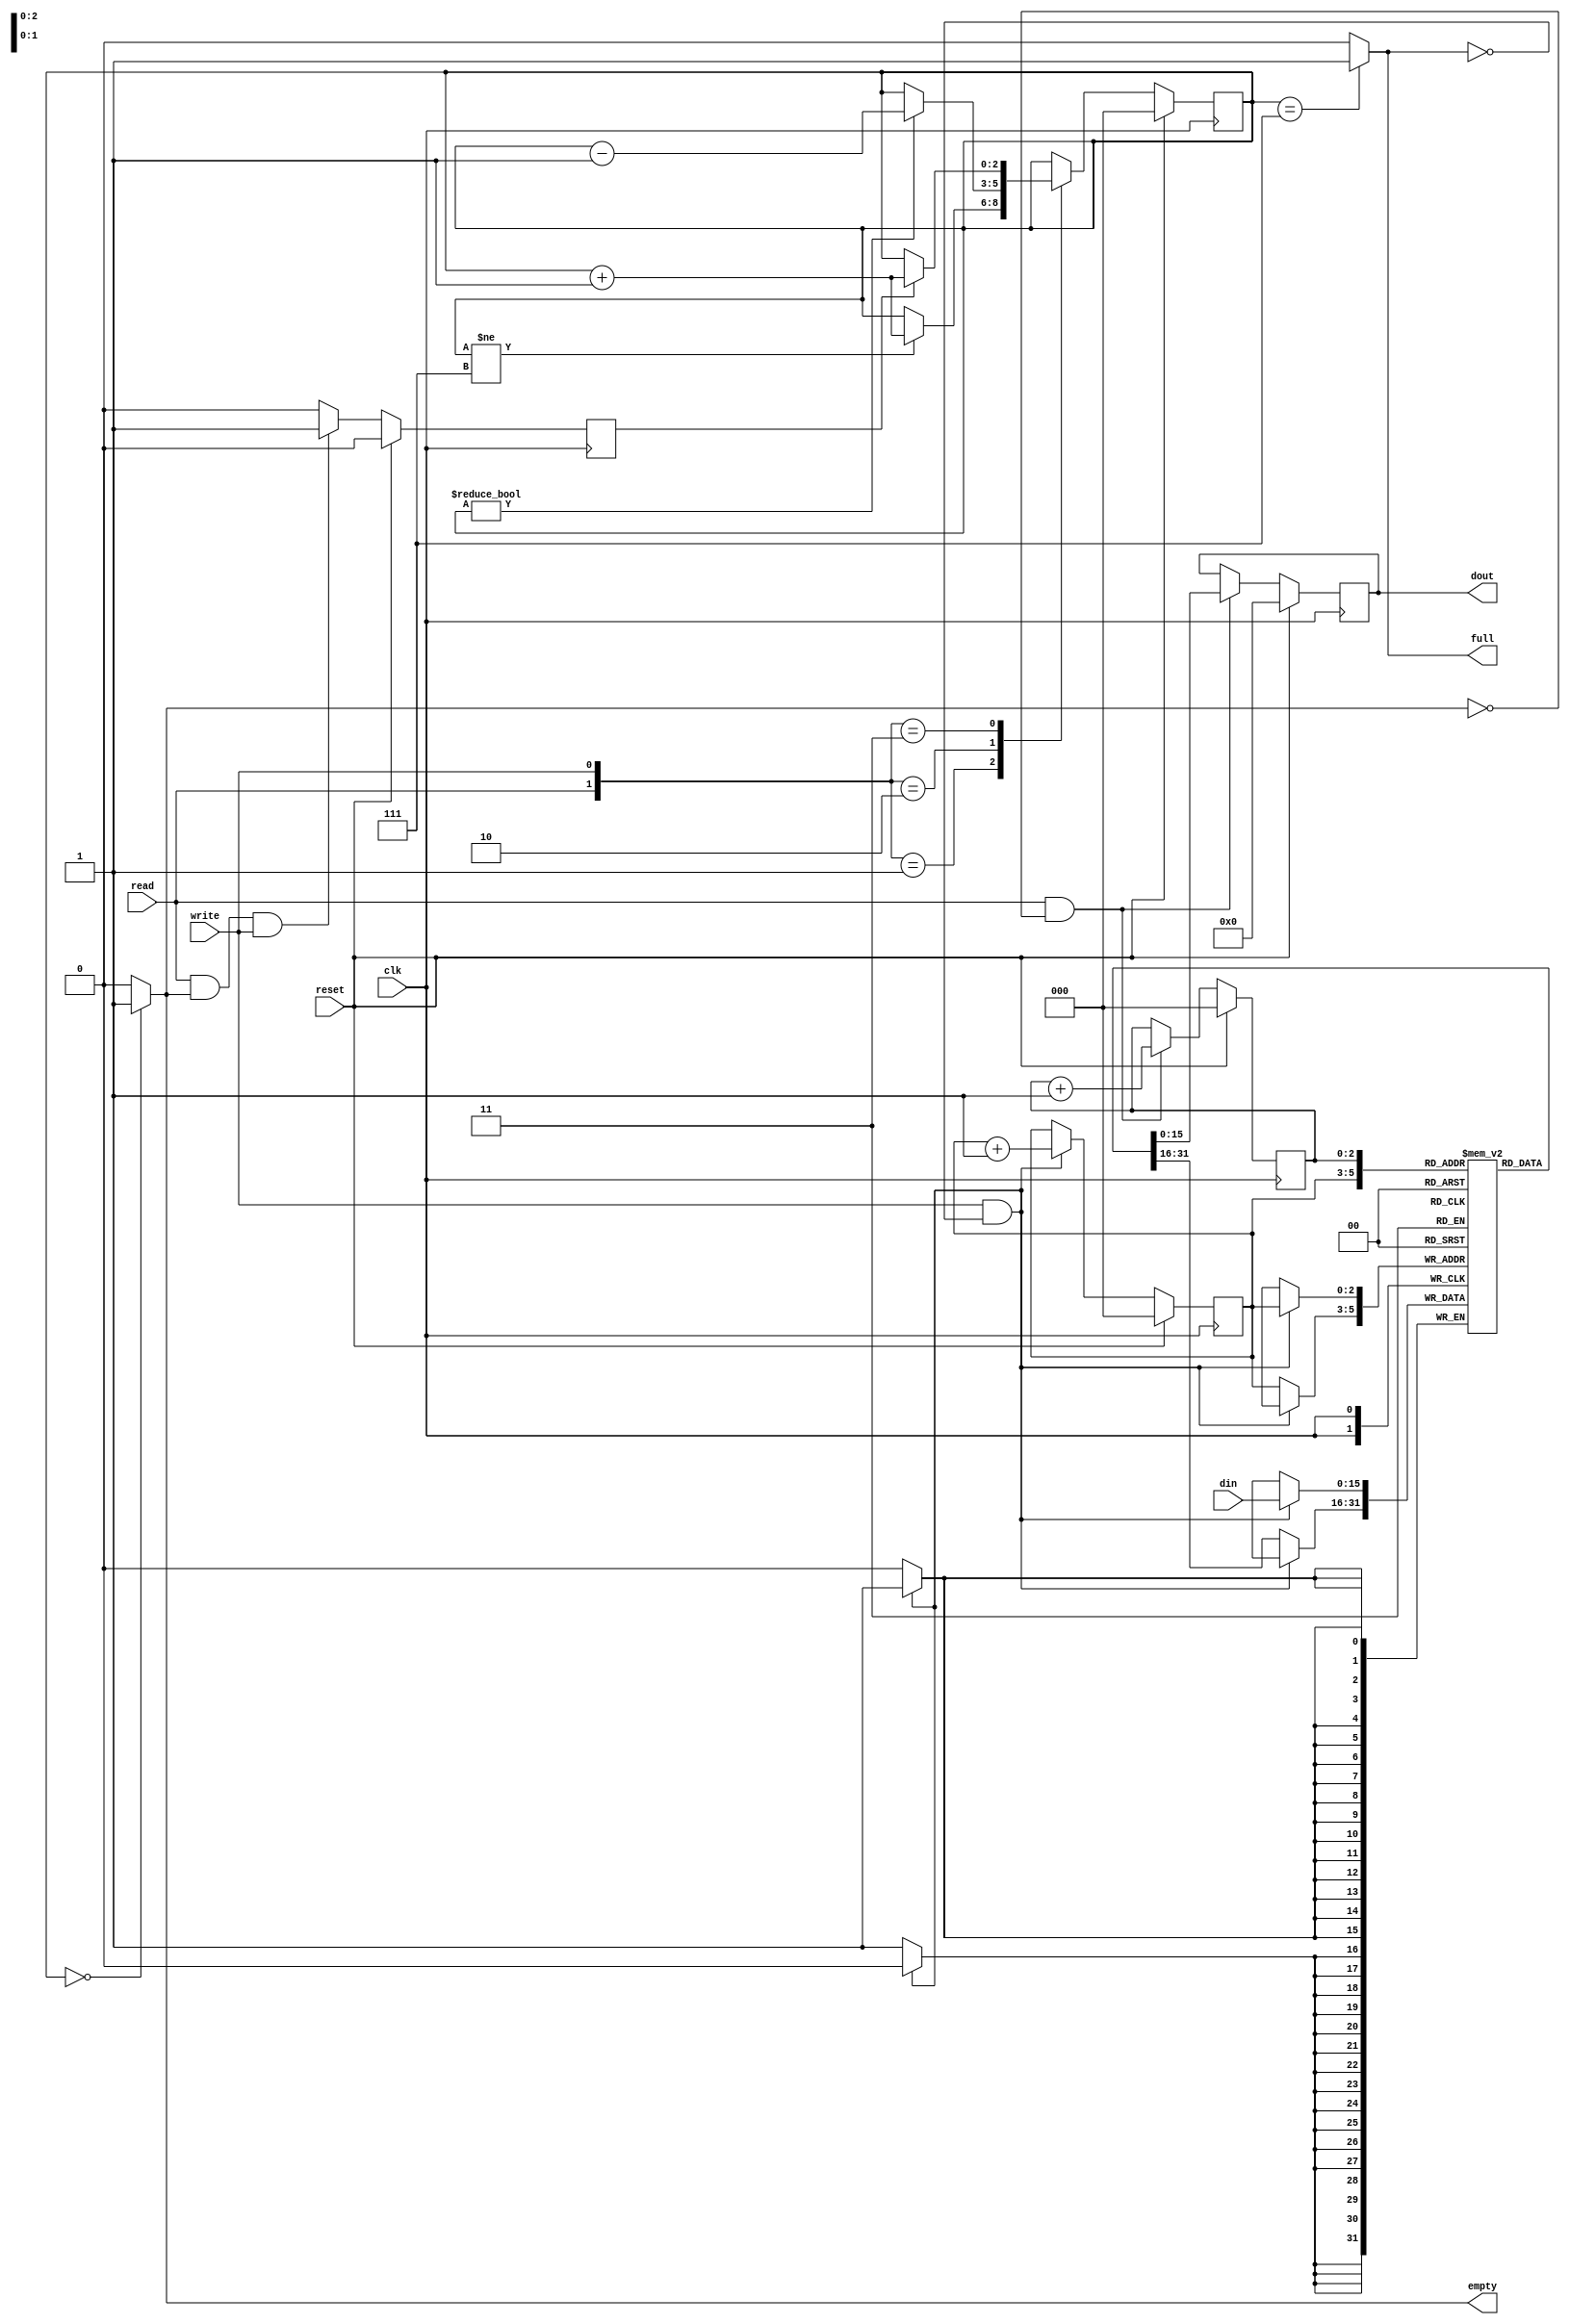
`timescale 1ns / 1ps
//////////////////////////////////////////////////////////////////////////////////
// Company: 
// Engineer: 
// 
// Design Name: 
// Module Name:    FIFO_Simple 
// Project Name: 
// Target Devices: 
// Tool versions: 
// Description: 
//
// Dependencies: 
//
// Revision: 
// Revision 0.01 - File Created
// Additional Comments: 
//
//////////////////////////////////////////////////////////////////////////////////
module FIFO_Simple(clk,reset,din,read,write,dout,empty,full); 
 
	input clk; 
	input reset; 
	input [15:0]din;	
	input read; 
	input write; 
 
	output [15:0]dout; 
	output empty; 	    
	output full;	    
	 
	parameter DEPTH=3, MAX_COUNT=3'b111;	  
	 
	reg [15:0]dout; 
	reg empty; 
	reg full; 
 
	reg [(DEPTH-1):0]tail;	 	 
	reg [(DEPTH-1):0]head;	 
	reg [(DEPTH-1):0]count;	 
	reg [15:0]fifo_mem[0:MAX_COUNT];  
	reg sr_read_write_empty;			
	
	always @(posedge clk) 
		begin 
			if(reset==1) 															 
				sr_read_write_empty <= 0; 
			else if(read==1 && empty==1 && write==1)	 
				sr_read_write_empty <= 1; 
			else 
				sr_read_write_empty <= 0; 
		end 
 		 
	always @(posedge clk) 
		begin 
			if(reset==1) 
				count <= 3'b000;		 
			else 
				begin 
					case({read,write}) 
						2'b00:	
							count <= count;				 
						2'b01:
							if(count!=MAX_COUNT)			 
								count <= count+1; 
						2'b10:	
							if(count!=3'b000)				 
								count <= count-1;							 
						2'b11:	
							if(sr_read_write_empty==1)	 
								count <= count+1; 
							else 
								count <= count; 
						default: 
							count <= count; 
					endcase 
				end 
		end 
 
	always @(count) 
		begin 
			if(count==3'b000) 
				empty <= 1; 
			else 
				empty <= 0; 
		end 

	always @(count) 
		begin 
			if(count==MAX_COUNT) 
				full <= 1; 
			else 
				full <= 0; 
		end 
 
	always @(posedge clk) 
		begin 
			if(reset==1) 
				head <= 3'b000;	 
			else 
				begin 
					if(write==1 && full==0)	 
						head <= head+1; 
				end 
		end 

		always @(posedge clk) 
			begin 
				if(reset==1) 
					tail <= 3'b000;	 
				else 
					begin 
						if(read==1 && empty==0)	 
							tail <= tail+1; 
					end 
			end 

	always @(posedge clk) 
		begin 
			if(write==1 && full==0) 
				fifo_mem[head] <= din; 
			else									 
				fifo_mem[head] <= fifo_mem[head]; 
		end 
 
	always @(posedge clk) 
		begin 
			if(reset==1)						 
				dout <= 16'h0000; 
			else if(read==1 && empty==0)	 
				dout <= fifo_mem[tail]; 
			else 
				dout <= dout;  
		end 
endmodule